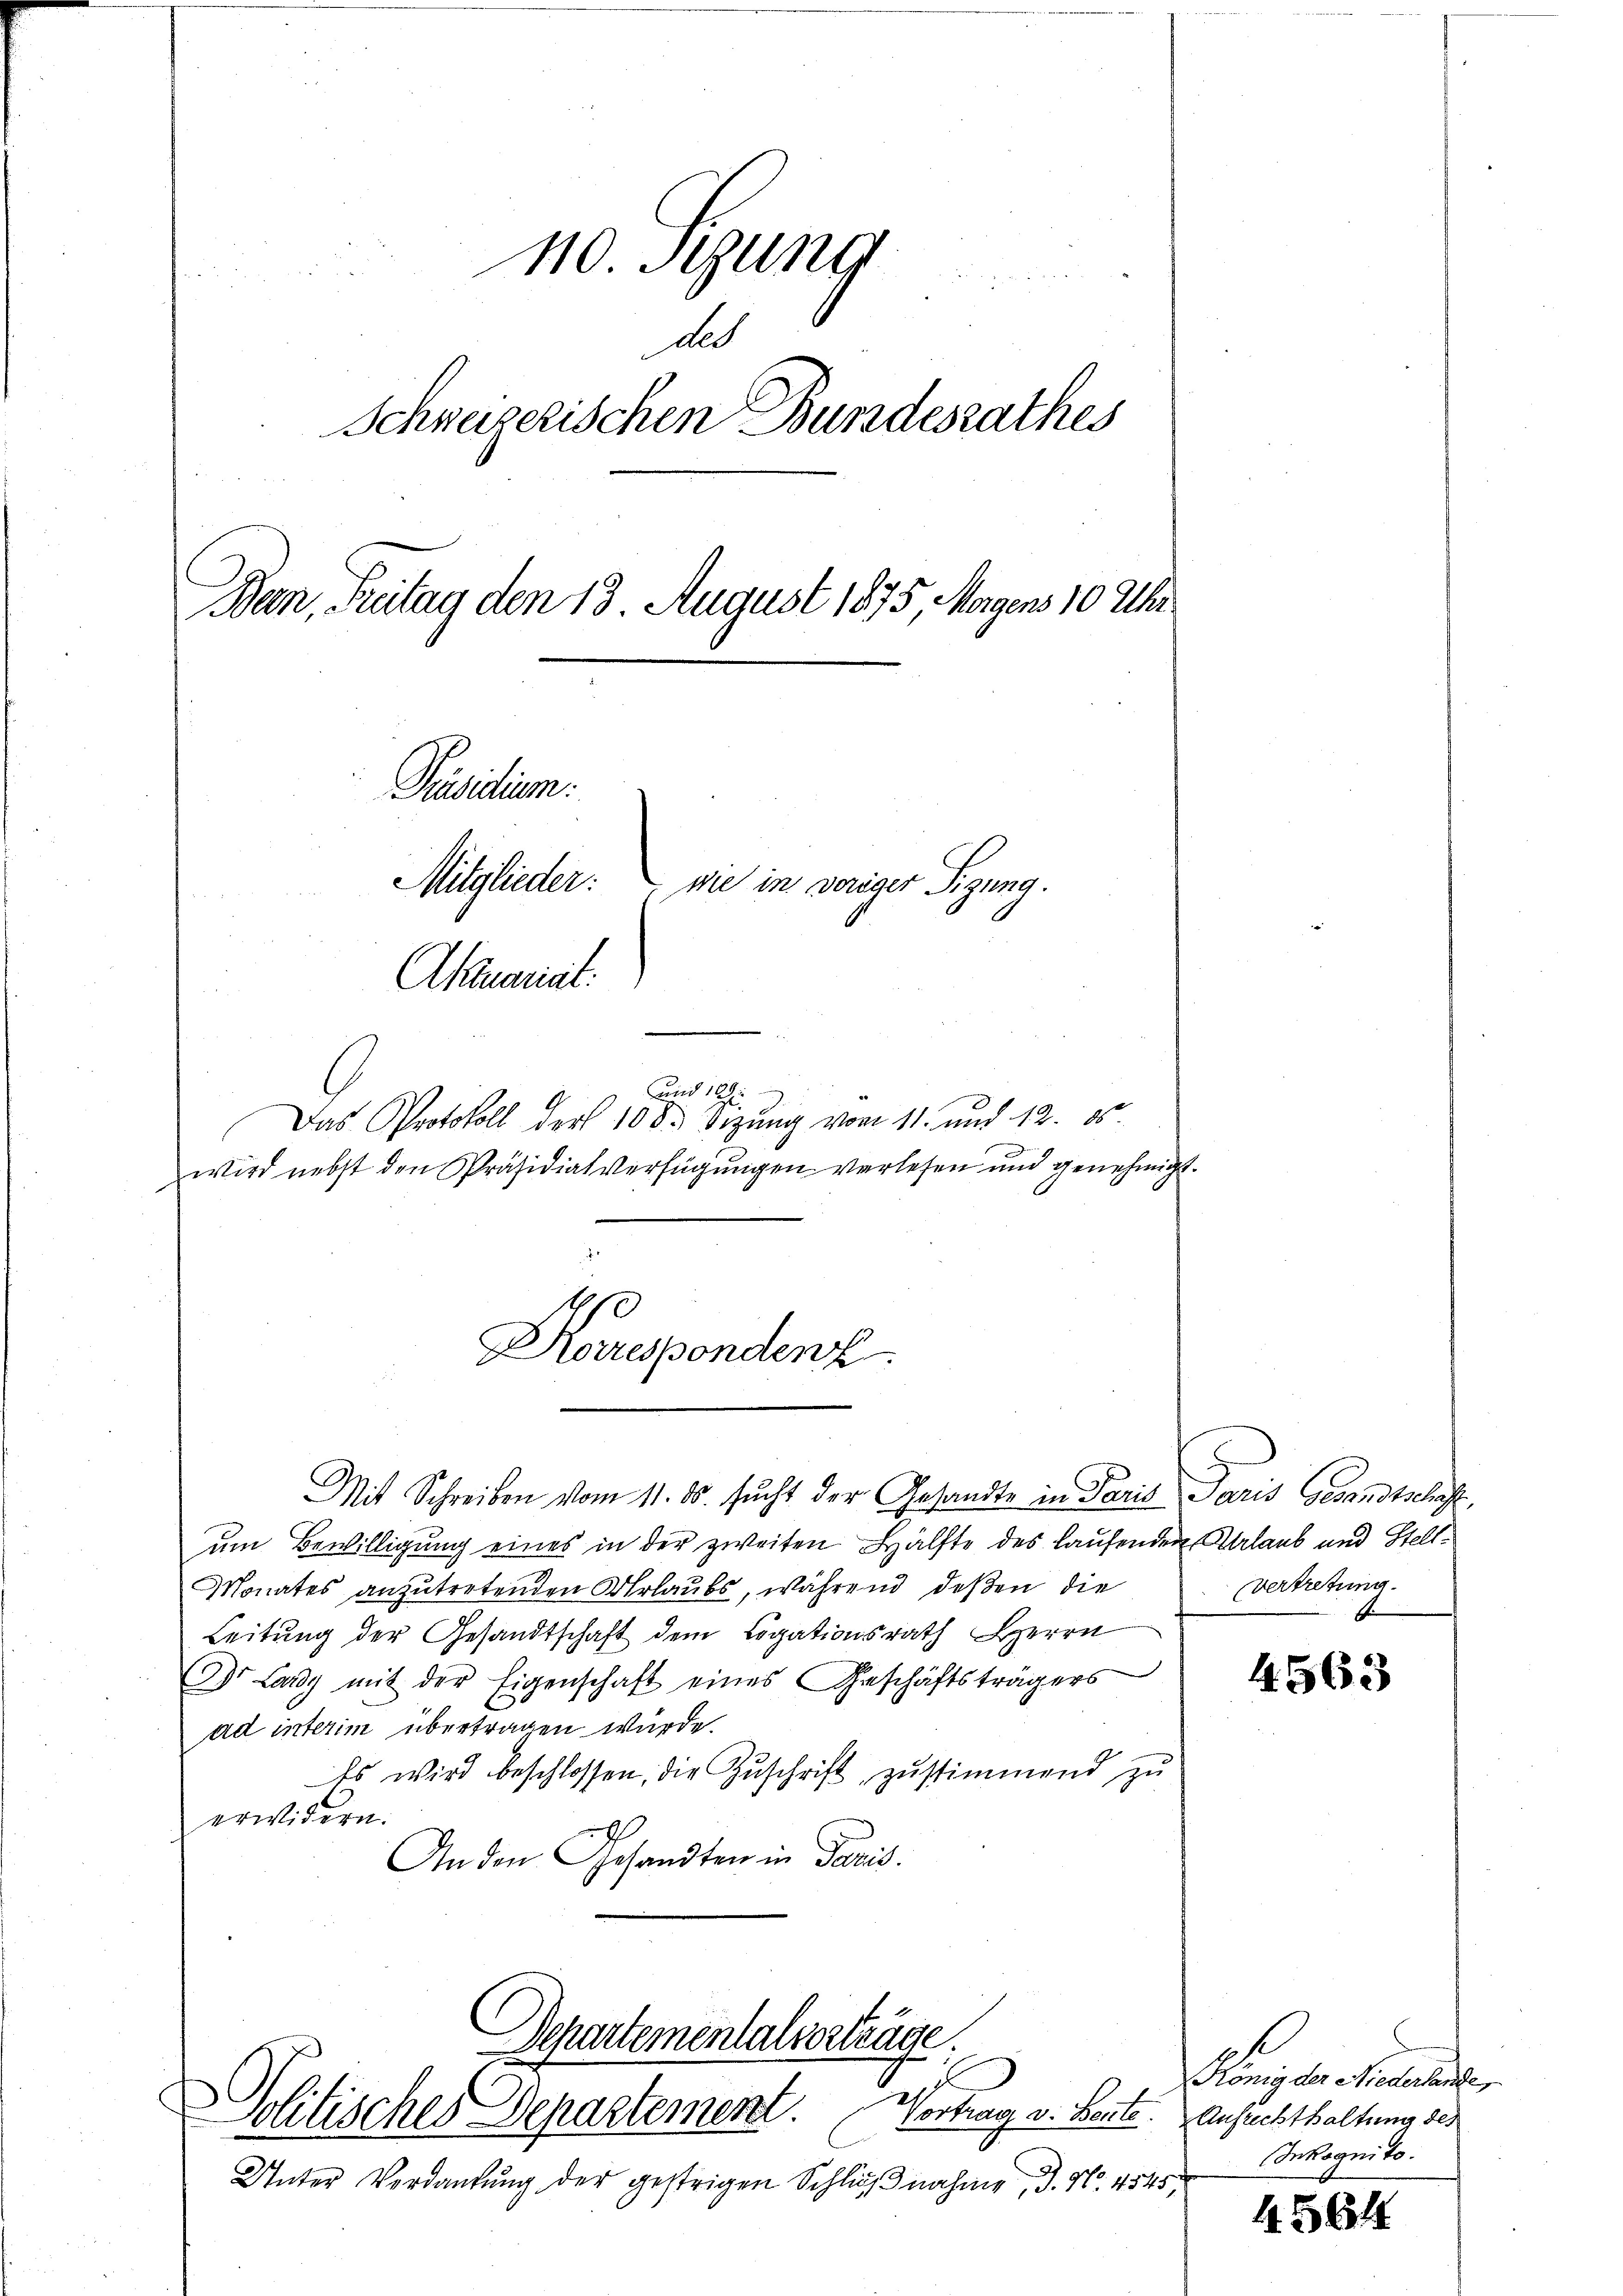
no stung
des
Schweizerischen Bundesrathes
Ban, Prätag den 13. August 1875 Magens 10 Uhr
Päsidium
Mitglieder. wie in voriger Sitzung.
Aktuariat.

und 189
Das Protokoll der 108. Sizung vom 11. und 12. 85.
wird nebst den Präsidialverfügungen verlesen und genehmig
Mit Schreiben vom 11. ds. sucht der Gesandte in Paris Paris Gesandtschäft,
ŭm Bewilligung eines in der zweiten Hälfte des Laufenden Urlaub und Stell¬
Monates anzutretenden Urlaubs, während deßen die
Leitung der Gesandtschaft dem Legationsrath Herrn
Dr. Lardy mit der Eigenschaft eines Geschäftsträgers
ad interim übertragen würde.
Es wird beschlossen, die Zŭschrift zŭstimmend zŭ
erwidern.
th
An den Gesandten in Paris.

Korrespondenz

Departementalverträge
Politisches Departement.

Unter Verdankung der gestrigen Schlußnahme, 3. No. 4545,

Vertretung.

4563

König der Melander
Vortrag v. Beute. Ansuchthaltung des
Inkognito.

4564